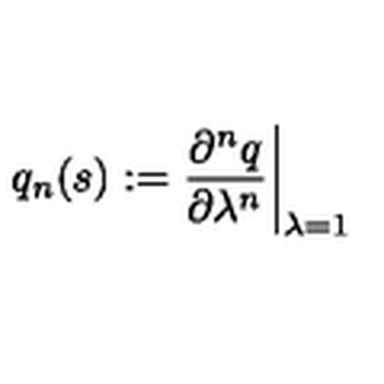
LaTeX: q _ { n } ( s ) : = { \frac { \partial ^ { n } q } { \partial \lambda ^ { n } } } \biggr \vert _ { \lambda = 1 }